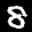
Label: 8